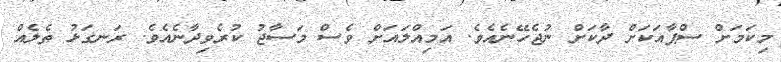
މިކަމަށް ސްޕާއަކަށް ދާކަށް ނުޖެހޭނެއެވެ. އަމިއްލައަށް ވެސް މަސާޖު ކުރެވިދާނެއެވެ. ރަނގަޅު ތެލެއް